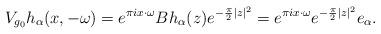
LaTeX: \begin{align*}V_{g_0}h_\alpha (x,-\omega) = e^{\pi i x \cdot \omega} B h_\alpha(z) e^{-\frac{\pi}{2}|z|^2} = e^{\pi i x \cdot \omega} e^{-\frac{\pi}{2} |z|^2} e_\alpha.\end{align*}